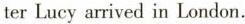
ter Lucy arrived in London.